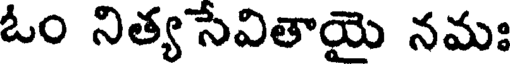
ఓం నిత్య సేవితాయై నమః